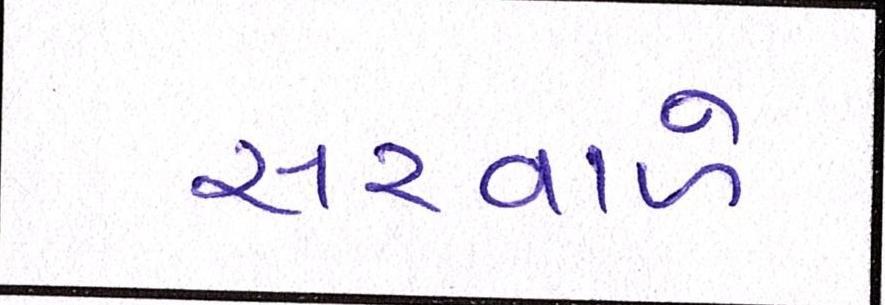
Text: સરવાળે